Civil Veterinary Dept. Bombay admin report 1923-31 - 1923-1931
Year: 1923
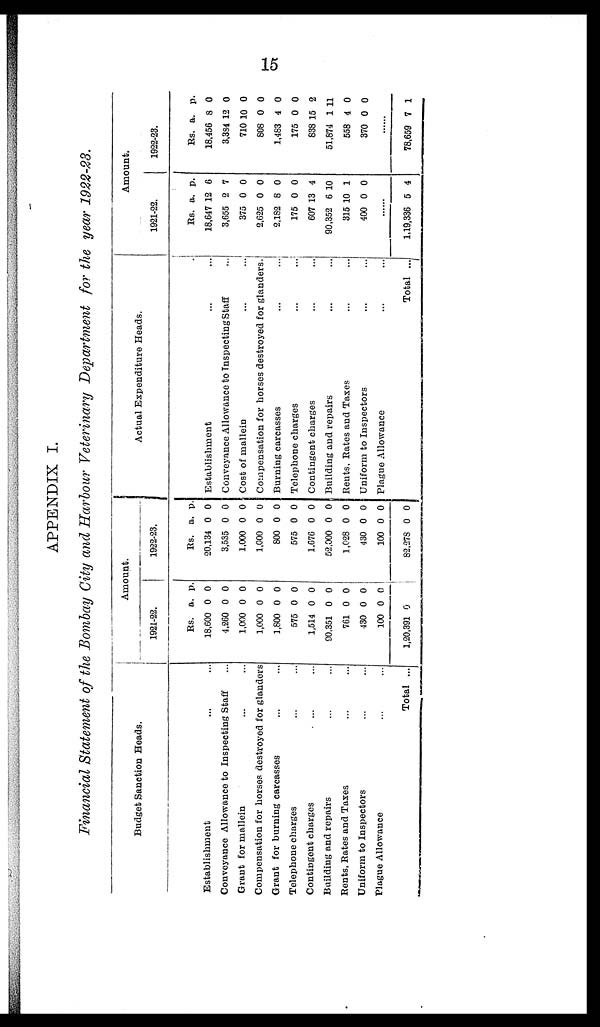
15
APPENDIX I.
Financial Statement of the Bombay City and Harbour Veterinary Department for the year 1922-23.
Budget Sanction Heads.
Establishment ... ...
Conveyance Allowance to Inspecting Staff ...
Grant for mallein ... ...
Compensation for horses destroyed for glanders
Grant for burning carcasses ... ...
Telephone charges ... ...
Contingent charges ... ...
Building and repairs ... ...
Rents, Bates and Taxes ... ...
Uniform to Inspectors ... ...
Plague Allowance ... ...
Total ...
Amount.
1921-22.
Rs.
18,600
4,260
1,000
1,000
1,800
575
1,514
90,851
761
430
100
1,90,891
a.
0
0
0
0
0
0
0
0
0
0
0
0
p.
0
0
0
0
0
0
0
0
0
0
0
1922-23.
Rs.
20,134
3,535
1,000
1,000
800
575
1,676
52,000
1,028
430
100
82,278
a.
0
0
0
0
0
0
0
0
0
0
0
0
p.
0
0
0
0
0
0
0
0
0
0
0
0
Actual Expenditure Heads.
Establishment ... ...
Conveyance Allowance to Inspecting Staff ...
Cost of mallein ... ...
Compensation for horses destroyed for glanders.
Burning carcasses ... ...
Telephone charges ... ...
Contingent charges ... ...
Building and repairs ... ...
Bents. Bates and Taxes ... ...
Uniform to Inspectors ... ...
Plague Allowance ... ...
Total ...
Amount.
1921-22.
Rs.
18,647
3,655
375
2,625
2,182
175
607
90,352
315
400
..
1,19,336
a.
12
2
0
0
8
0
13
6
10
0
..
5
p.
6
7
0
0
0
0
4
10
1
0
..
4
1922-23.
Rs.
18,456
8,834
710
808
1,483
176
838
51,874
668
370
..
78,659
a.
8
12
10
0
4
0
15
1
4
0
..
7
p.
0
0
0
0
0
0
2
11
0
0
..
1